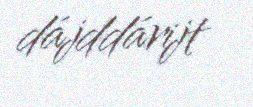
dájddárijt